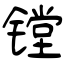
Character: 镗